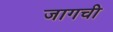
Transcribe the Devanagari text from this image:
जागची